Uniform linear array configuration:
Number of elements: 16
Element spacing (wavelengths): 0.75
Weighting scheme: blackman
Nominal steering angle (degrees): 0
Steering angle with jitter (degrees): -0.3628
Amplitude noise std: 0.05
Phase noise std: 0.05

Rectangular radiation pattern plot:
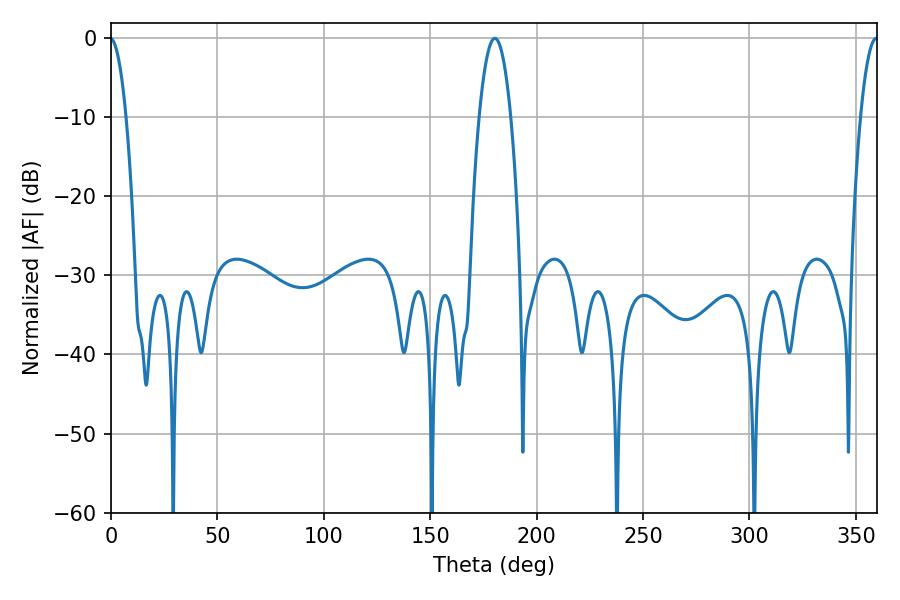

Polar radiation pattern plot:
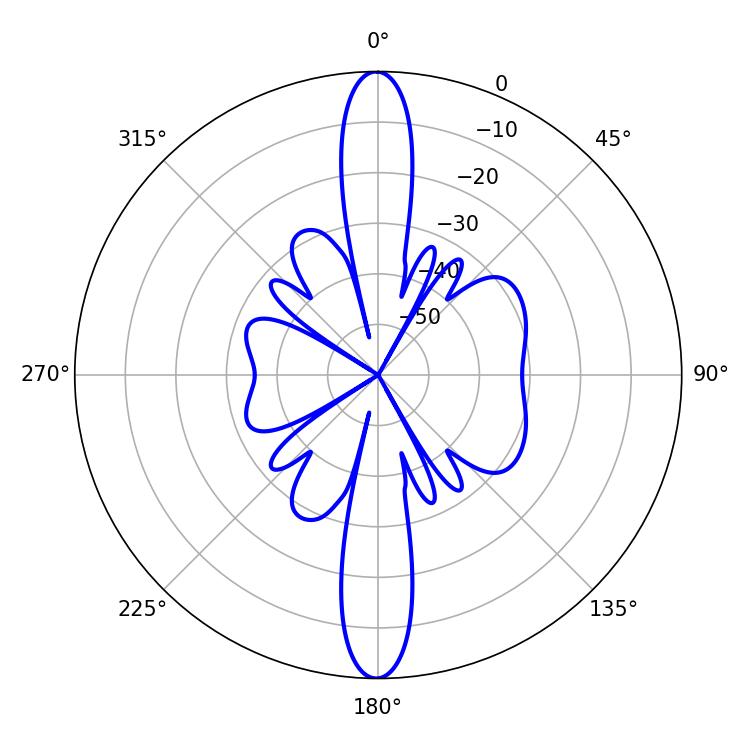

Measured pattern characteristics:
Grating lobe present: TRUE
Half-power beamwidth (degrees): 8.28
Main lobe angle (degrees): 180.36